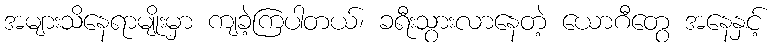
အများသိနေရာမျိုးမှာ ကျခဲ့ကြပါတယ်၊ ခရီးသွားလာနေတဲ့ ယောဂီတွေ အနေနှင့်